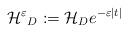
LaTeX: \begin{align*}{\cal {H^{\varepsilon }}}_{D}:={\cal {H}}_{D}e^{-\varepsilon |t|}\end{align*}